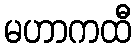
မဟာကထီ